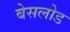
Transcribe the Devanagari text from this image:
बेसलोड